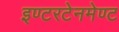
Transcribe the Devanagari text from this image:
इण्टरटेनमेण्ट